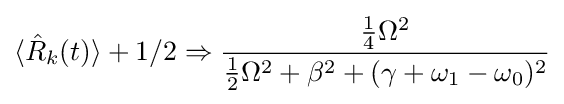
\langle {\hat {R}}_{k}(t)\rangle +1/2\Rightarrow {\frac {{\frac {1}{4}}\Omega ^{2}}{{\frac {1}{2}}\Omega ^{2}+\beta ^{2}+(\gamma +\omega _{1}-\omega _{0})^{2}}}